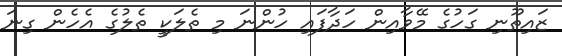
ޒައިތޫނި ގަހުގެ މޭވާއިން ހަދާފައި ހުންނަ މި ތެލަކީ ތެލުގެ އެހެން ގިނަ